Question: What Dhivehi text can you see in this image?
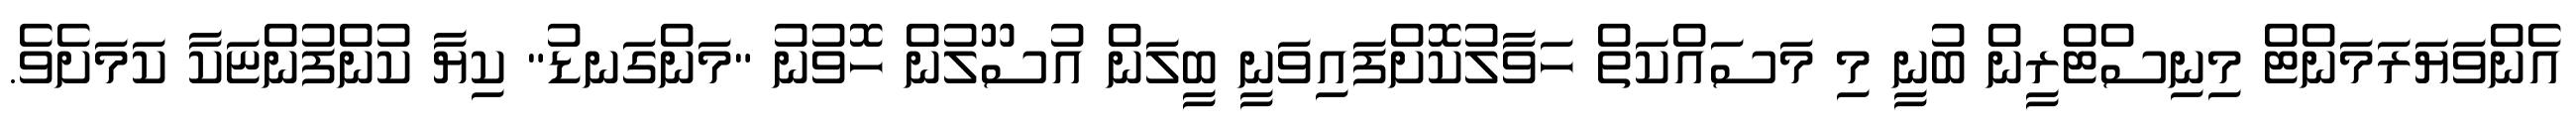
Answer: އެންވަޔަރަމަންޓް މިނިސްޓްރީން ބުނީ މި މަސައްކަތް ހަވާލުކޮށްފައިވަނީ ބީލަން އުސޫލުން ހޮވުނު "މަންގަނޑު" ކިޔާ ކުންފުންޏަކާ ކަމަށެވެ.